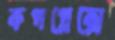
কপপ্লেক্সে